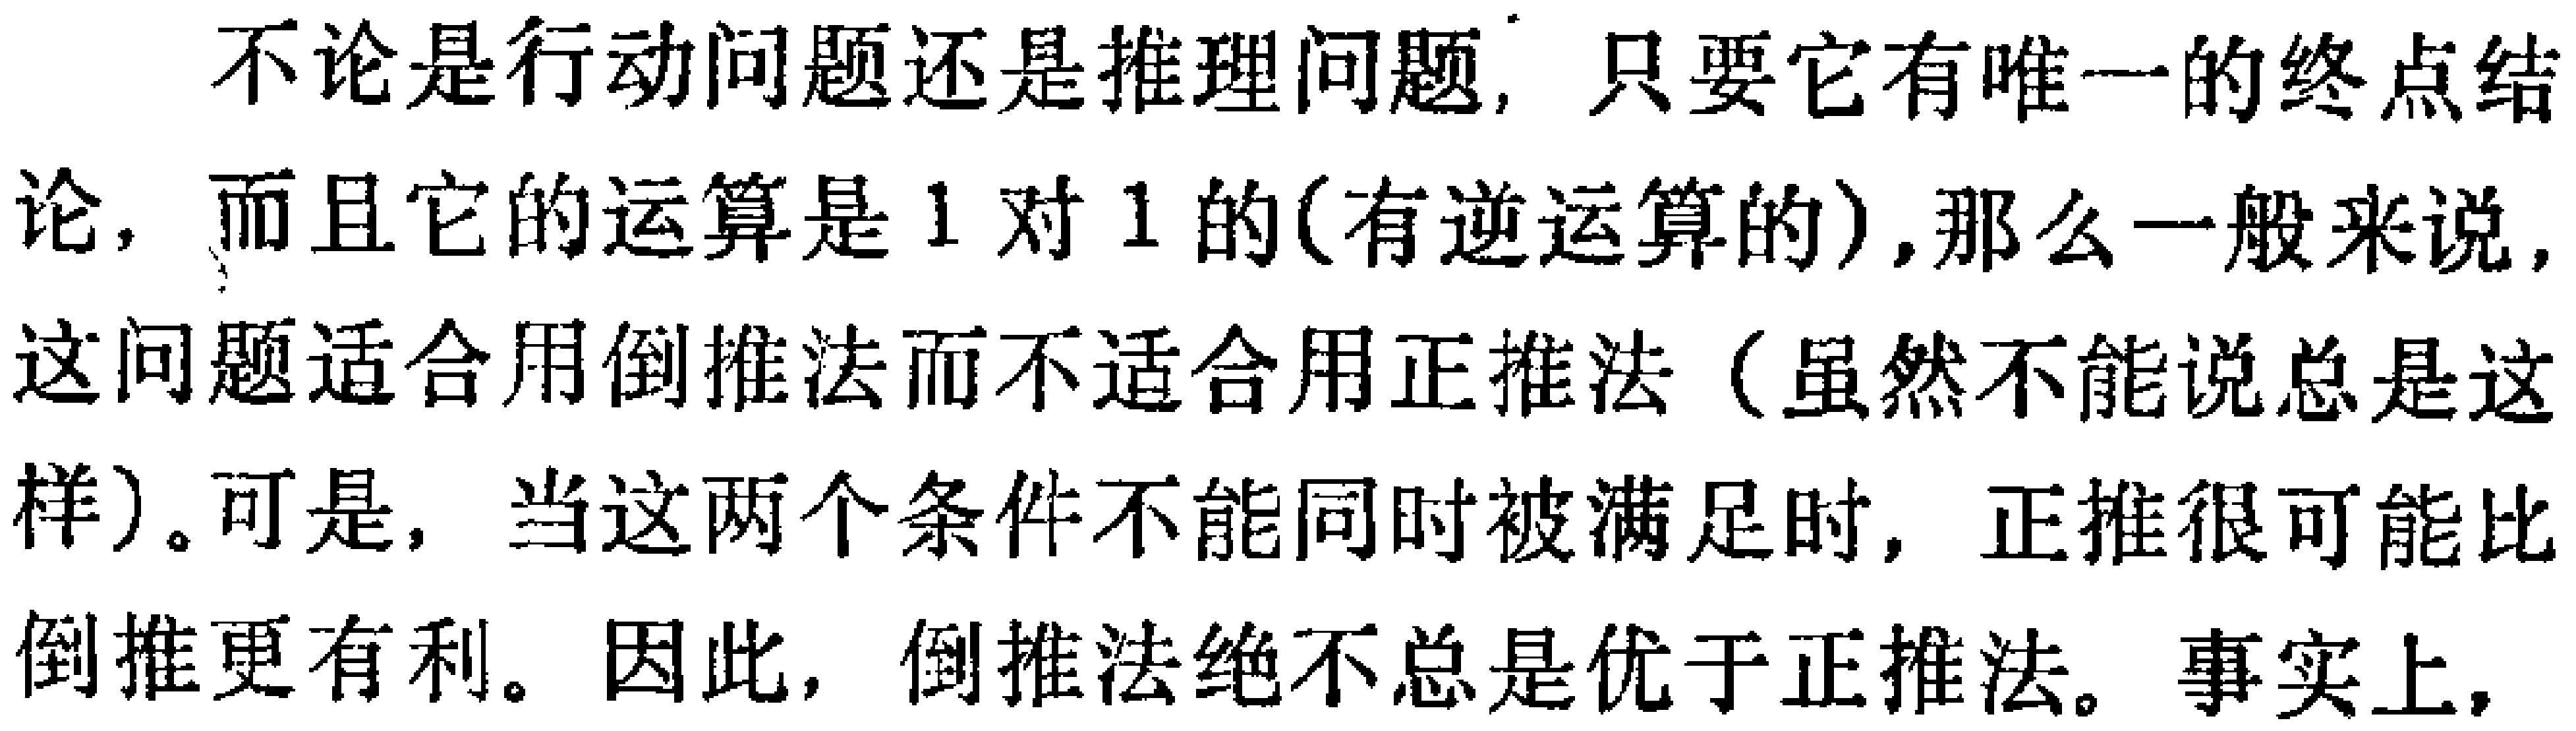
不论是行动问题还是推理问题, 只要它有唯一的终点结论, 而且它的运算是 1 对 1 的(有逆运算的),那么一般来说, 这问题适合用倒推法而不适合用正推法（虽然不能说总是这样）。可是, 当这两个条件不能同时被满足时, 正推很可能比倒推更有利。因此, 倒推法绝不总是优于正推法。事实上,